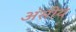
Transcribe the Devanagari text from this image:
अंसीय